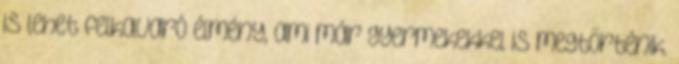
is lehet felkavaró élmény, ami már gyermekekkel is megtörténik.